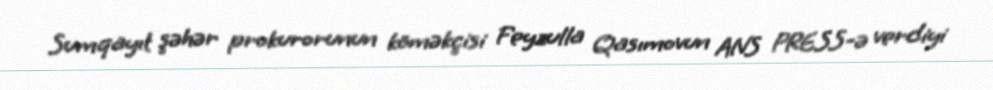
Sumqayıt şəhər prokurorunun köməkçisi Feyzulla Qasımovun ANS PRESS-ə verdiyi